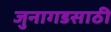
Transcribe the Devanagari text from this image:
जुनागडसाठी